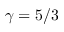
\gamma = 5 / 3